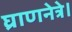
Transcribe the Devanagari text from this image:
घ्राणनेत्रे।